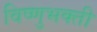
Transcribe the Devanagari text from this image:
विष्णुभक्ती